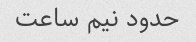
حدود نیم ساعت